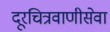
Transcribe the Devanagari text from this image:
दूरचित्रवाणीसेवा